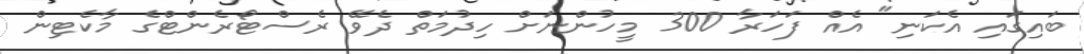
ބައިގައި އެކަނި" އެއް ފަހަރާ 300 މީހުންނަށް ހިދުމަތް ދެވޭ ރެސްޓޯރެންޓްގެ މާކެޓިން